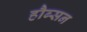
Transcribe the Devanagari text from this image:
हौब्सन